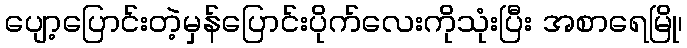
ပျော့ပြောင်းတဲ့မှန်ပြောင်းပိုက်လေးကိုသုံးပြီး အစာရေမြို၊